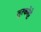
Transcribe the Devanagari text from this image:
तुरकोट्टे